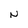
Character: N